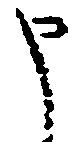
申